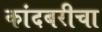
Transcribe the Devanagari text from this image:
कांदबरीचा